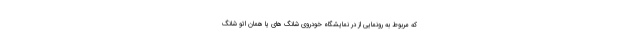
که مربوط به رونمایی از در نمایشگاه خودروی شانگ های یا همان اتو شانگ